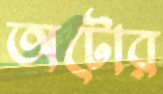
অটোর